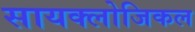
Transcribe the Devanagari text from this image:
सायक्लोजिकल